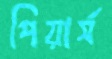
পিয়ার্স